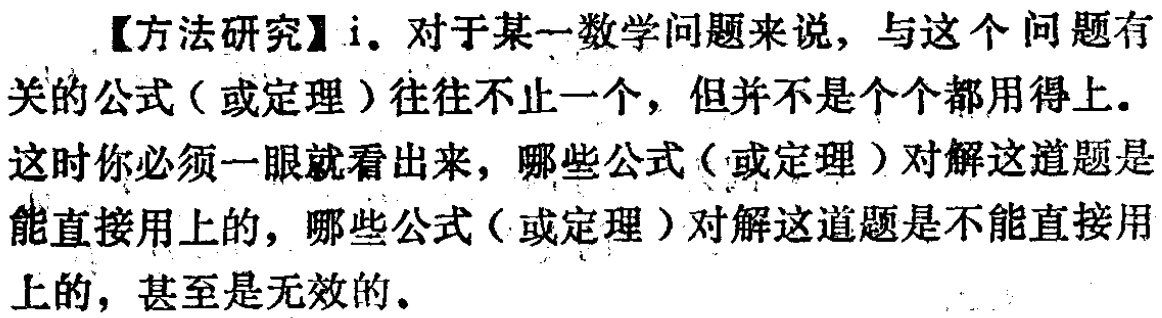
【方法研究】i. 对于某一数学问题来说，与这个问题有关的公式（或定理）往往不止一个，但并不是个个都用得上。这时你必须一眼就看出来，哪些公式（或定理）对解这道题是能直接用上的，哪些公式（或定理）对解这道题是不能直接用上的，甚至是无效的。